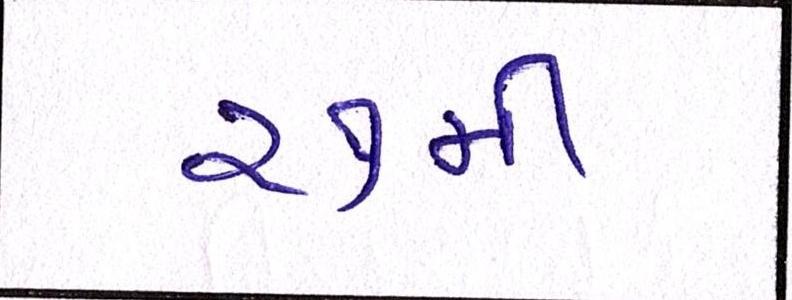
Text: ૨૭મી